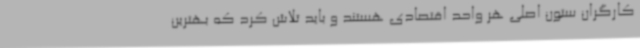
کارگران ستون اصلی هر واحد اقتصادی هستند و باید تلاش کرد که بهترین